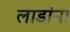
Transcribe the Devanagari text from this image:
लाडांना